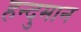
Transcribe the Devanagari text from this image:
हन्दुमान